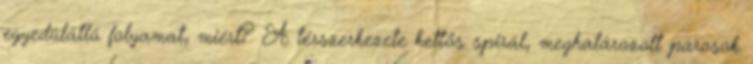
egyedülálló folyamat, miért? A térszerkezete kettős spirál, meghatározott párosok